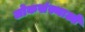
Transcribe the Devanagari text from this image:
लोकसंस्थाओं